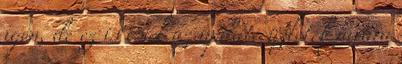
igen, de ez is csak az update üzletek javára